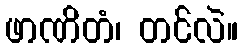
ဖာဏိတံ၊ တင်လဲ။